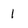
Character: 1